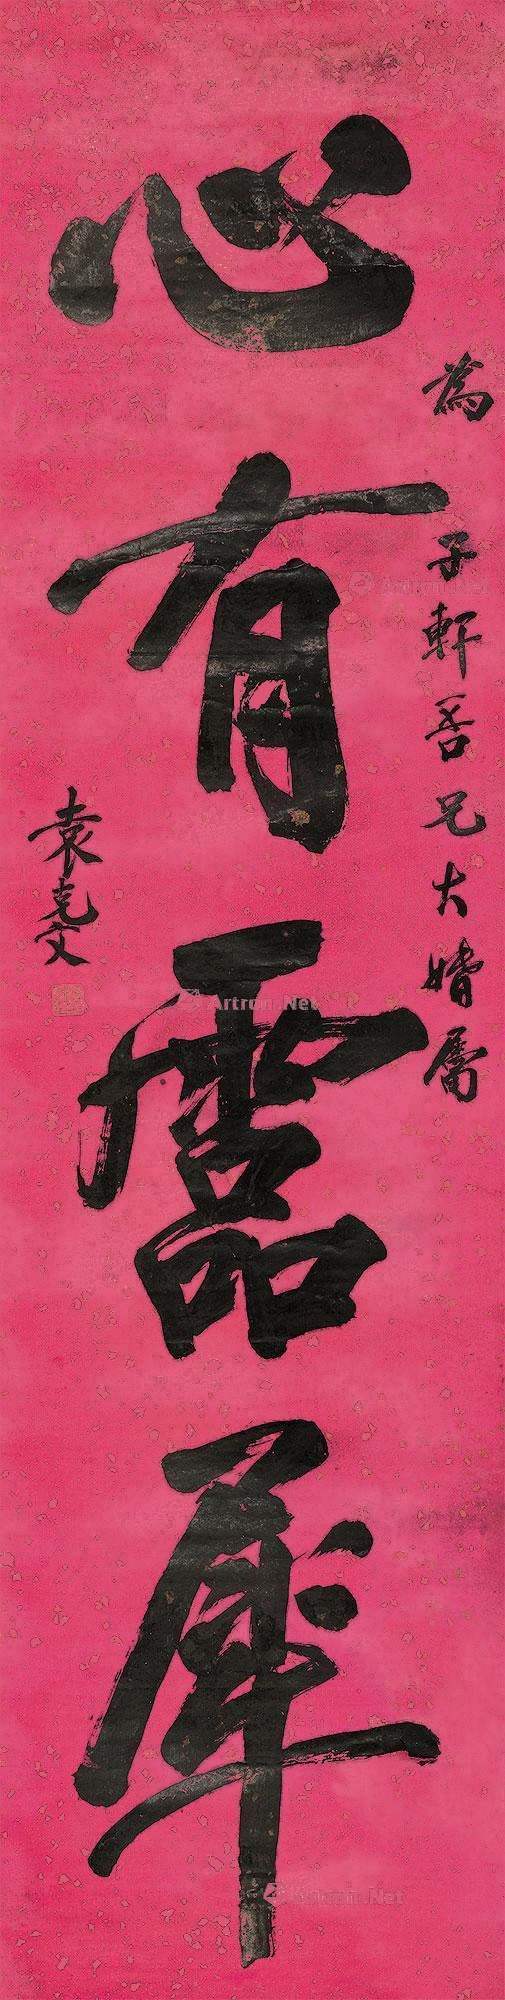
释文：心有灵犀。为子轩吾兄大婚属，袁克文。